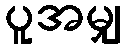
ပူအမျှ